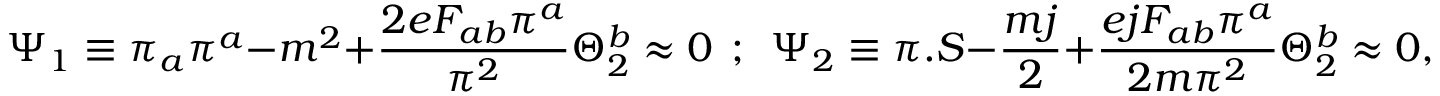
\Psi _ { 1 } \equiv \pi _ { a } \pi ^ { a } - m ^ { 2 } + { \frac { 2 e F _ { a b } \pi ^ { a } } { \pi ^ { 2 } } } \Theta _ { 2 } ^ { b } \approx 0 ~ ~ ; ~ ~ \Psi _ { 2 } \equiv \pi . S - { \frac { m j } { 2 } } + { \frac { e j F _ { a b } \pi ^ { a } } { 2 m \pi ^ { 2 } } } \Theta _ { 2 } ^ { b } \approx 0 ,